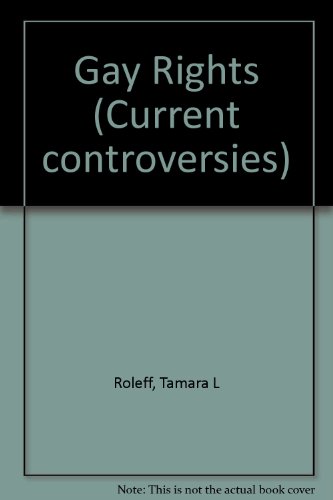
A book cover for Gay Rights (Current Controversies); Tamara L. Roleff; Teen & Young Adult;